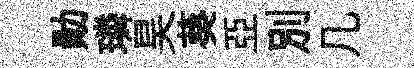
勛璘昊葵亞别几